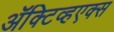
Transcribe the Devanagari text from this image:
ॲक्टिव्हएक्स